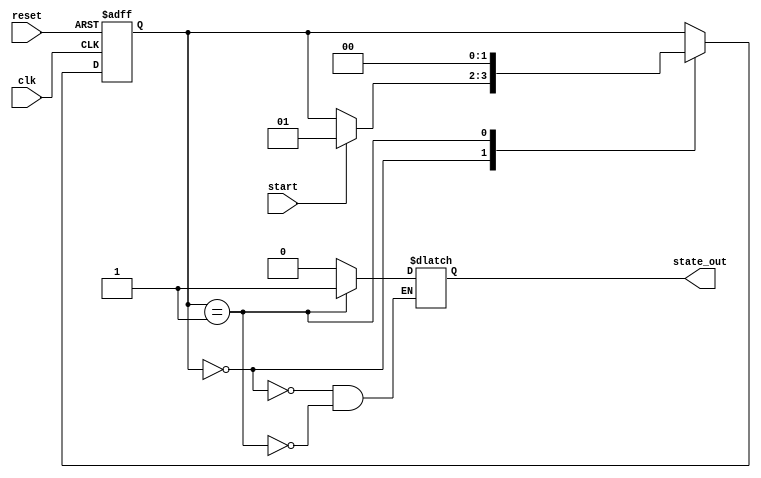
module fsm (
    input wire clk,
    input wire reset,
    input wire start,
    output reg state_out
);

// State definition
parameter STATE_IDLE = 2'd0;
parameter STATE_ACTIVE = 2'd1;

// State register
reg [1:0] state_reg;

// State transition logic
always @(posedge clk or posedge reset) begin
    if (reset) begin
        state_reg <= STATE_IDLE;
    end else begin
        case(state_reg)
            STATE_IDLE: begin
                if (start) begin
                    state_reg <= STATE_ACTIVE;
                end
            end
            STATE_ACTIVE: begin
                state_reg <= STATE_IDLE;
            end
        endcase
    end
end

// Output logic
always @* begin
    case(state_reg)
        STATE_IDLE: begin
            state_out = 1'b0;
        end
        STATE_ACTIVE: begin
            state_out = 1'b1;
        end
    endcase
end

endmodule